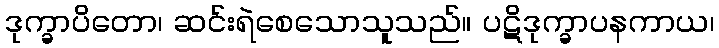
ဒုက္ခာပိတော၊ ဆင်းရဲစေသောသူသည်။ ပဋိဒုက္ခာပနကာယ၊